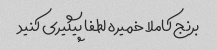
برنج کاملا خمیره لطفا پیگیری کنید